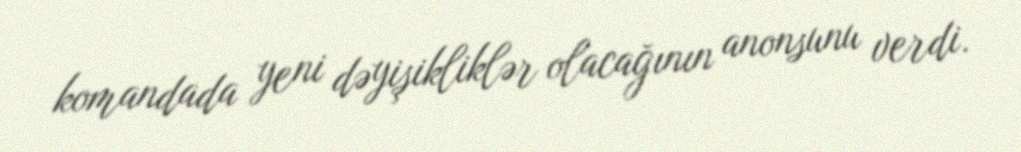
komandada yeni dəyişikliklər olacağının anonsunu verdi.